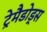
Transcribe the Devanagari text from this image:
ट्रेमैडोड्स